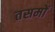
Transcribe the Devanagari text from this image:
तसमों